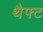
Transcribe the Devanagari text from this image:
थैफ्ट